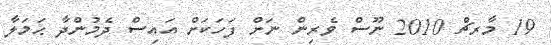
19 މާރޗް 2010 ނޫސް ވެރިން ނަށް ފަހަކަށް އައިސް ދެމުންދާ ޙަމަލާ